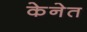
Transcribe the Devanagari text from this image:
केनेत